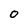
Character: 0